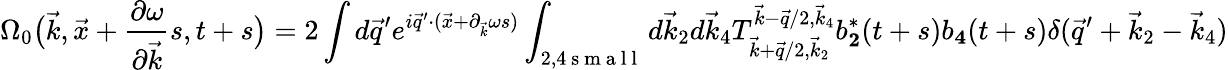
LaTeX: \Omega_{0}\big(\vec{k},\vec{x}+\frac{\partial\omega}{\partial\vec{k}}s,t+s\big)=2\int d\vec{q}^{\prime}e^{i\vec{q}^{\prime}\cdot(\vec{x}+\partial_{\vec{k}}\omega s)}\int_{2,4\mathrm{~s~m~a~l~l~}}d\vec{k}_{2}d\vec{k}_{4}T_{\vec{k}+\vec{q}/2,\vec{k}_{2}}^{\vec{k}-\vec{q}/2,\vec{k}_{4}}b_{\mathbf 2}^{*}(t+s)b_{\mathbf 4}(t+s)\delta(\vec{q}^{\prime}+\vec{k}_{2}-\vec{k}_{4})